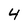
Character: 4